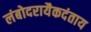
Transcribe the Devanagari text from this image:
लंबोदरायैकदंताय